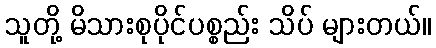
သူတို့ မိသားစုပိုင်ပစ္စည်း သိပ် များတယ်။